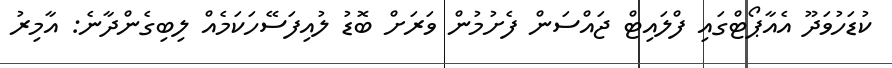
ކުޑަހުވަދޫ އެއާޕޯޓްގައި ފްލައިޓް ޖައްސަން ފެށުމުން ވަރަށް ބޮޑު ލުއިފަސޭހަކަމެއް ލިބިގެންދާނެ: އާމިރު